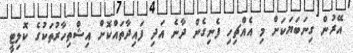
އޭރުން ގިނަބަޔަކަށް މި އެއްޗިހި ފެނިގެން ދާނެ އަދި ފައިދާތައްކޮށް އިޝްތިހާރުތަކުގެ ކޮލިޓީ